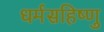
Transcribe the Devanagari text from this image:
धर्मसहिष्णु